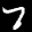
Label: 7